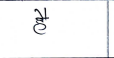
मजकूर: है